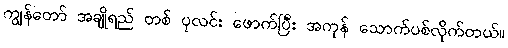
ကျွန်တော် အချိုရည် တစ် ပုလင်း ဖောက်ပြီး အကုန် သောက်ပစ်လိုက်တယ်။